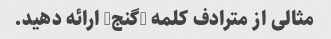
مثالی از مترادف کلمه "گنج" ارائه دهید.